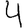
Digit: 4